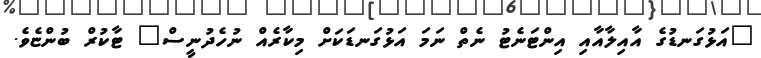
"އަޅުގަނޑުގެ އާއިލާއާއި އިންޓަނެޓު ނެތް ނަމަ އަޅުގަނޑަކަށް މިކާރެއް ނުހެދުނީސް" ޓާކުރް ބުންޏެވެ.